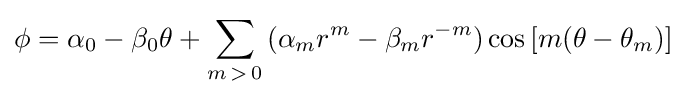
\phi =\alpha _{0}-\beta _{0}\theta +\sum _{m\mathop {>} 0}{(\alpha _{m}r^{m}-\beta _{m}r^{-m})\cos {[m(\theta -\theta _{m})]}}